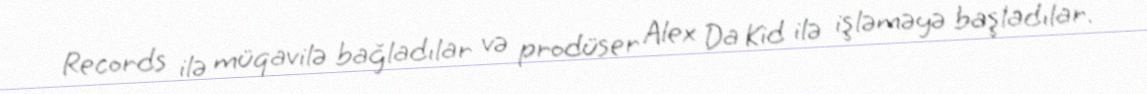
Records ilə müqavilə bağladılar və prodüser Alex Da Kid ilə işləməyə başladılar.